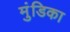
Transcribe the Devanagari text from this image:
मुंडिका